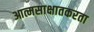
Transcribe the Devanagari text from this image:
आत्मसाक्षातकरता